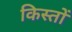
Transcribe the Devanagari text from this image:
किस्‍तों